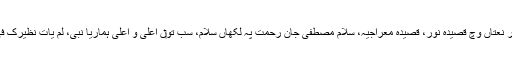
[2] اس وچ شامل مشہور نعتاں وچ قصیدہ نور، قصیدہ معراجیہ، سلام مصطفیٰ جان رحمت پہ لکھاں سلام، سب تو‏ں اعلیٰ و اعلیٰ ہماریا نبی، لَم یَاتِ نَظِیرُکَ فِی نَظَر وغیرہ شامل نيں۔